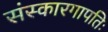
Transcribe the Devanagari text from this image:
संस्कारगापतिः